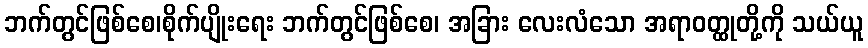
ဘက်တွင်ဖြစ်စေ၊စိုက်ပျိုးရေး ဘက်တွင်ဖြစ်စေ၊ အခြား လေးလံသော အရာဝတ္ထုတို့ကို သယ်ယူ